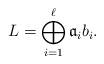
LaTeX: \begin{align*} L=\bigoplus_{i=1}^\ell \mathfrak a_i b_i.\end{align*}